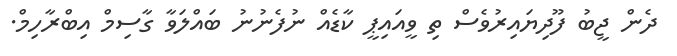
ދެން ޖީބު ފޫދިޔައިރުވެސް ތި ވީއައިޕީ ކާޑެއް ނުފެނުނު ބައްލަވާ ގާސިމް އިބްރާހިމް.